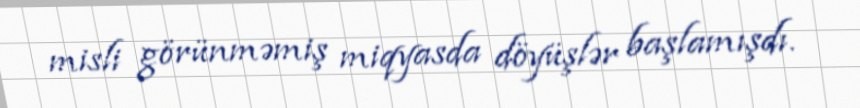
misli görünməmiş miqyasda döyüşlər başlamışdı.